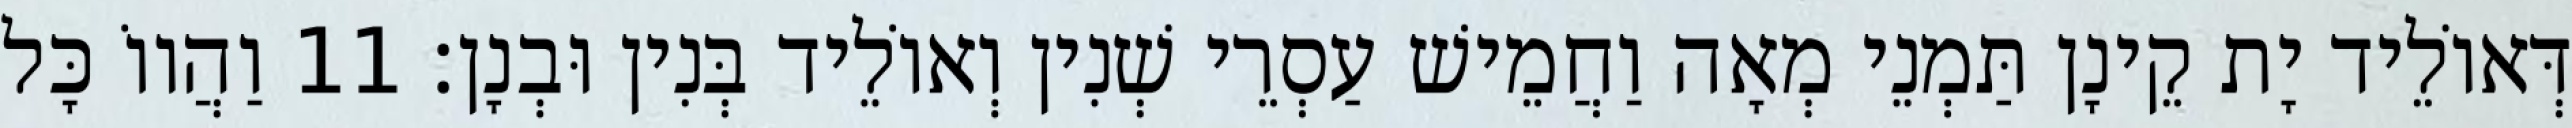
דְּאוֹלֵיד יָת קֵינָן תַּמְנֵי מְאָה וַחֲמֵישׁ עַסְרֵי שְׁנִין וְאוֹלֵיד בְּנִין וּבְנָן׃ 11 וַהֲווֹ כָּל